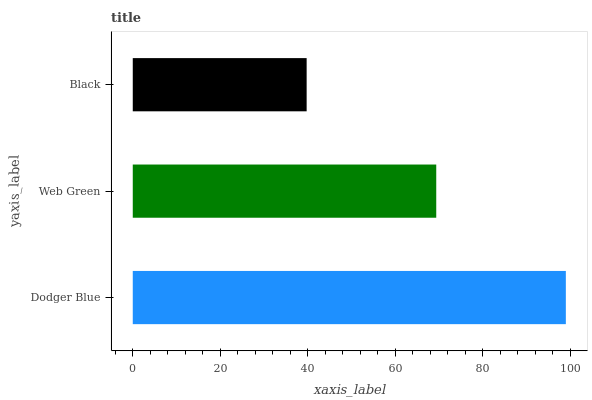
| yaxis_label | bars |
 | --- | --- |
 | Dodger Blue | 99 |
 | Web Green | 69.4 |
 | Black | 39.7 |